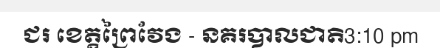
ជរ ខេត្តព្រៃវែង - នគរបាលជាតិ3:10 pm